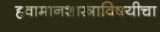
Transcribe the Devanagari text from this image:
हवामानशास्त्राविषयीचा